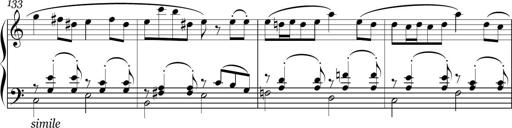
Title: Sonatina in E minor
Composer: Shuwen Zhang
Key: E minor